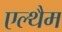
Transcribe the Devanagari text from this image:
एल्थैम